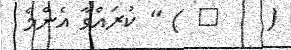
(    ٨ ) " ކުރައްވާ އެންމެ